Vaccination in Bombay 1869-1873 - 1869-1873
Year: 1869
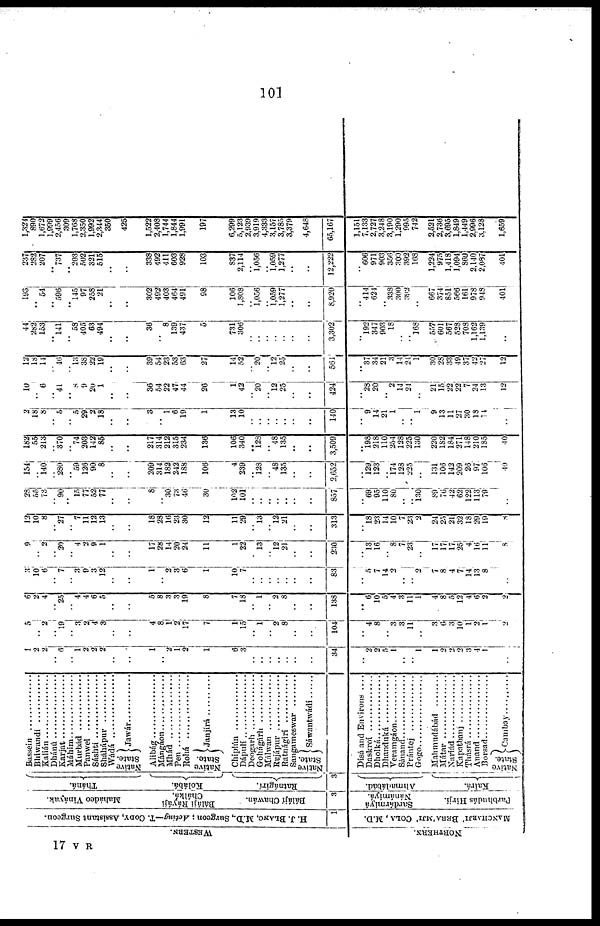
101
WESTERN.
NORTHERN.
H. J. BLANC, M.D., Surgeon; Acting—T. CODY, Assistant Surgeon.
1
MANCHARJH BERA' MJI' COLA , M.D.
Mahádeo Vináyak.
Báláji Ráyáji
Chálka.
Báláji Chawán.
3
Sardármiyá
Nánámiyá.
Parbhudás Hirji.
Tháná.
Kolábá.
Ratnágirí.
3
Ahmadabád.
Kairá.
Bassein ..................
Bhiwandi ................
Kalián ..................
Dhánú ................
Karjat ....................
Máhim ................
Murbád ..............
Panwel ................
Sáshti ............
Sháhápur ..............
Wádá ..........
Native
State.
Jawár..........
Alibág ..................
Mángáon ..............
Mhád ............
Pen ............
Rohá ..........
Native
State.
Janjírá..........
Chiplún ................
Dápulí ..............
Deogarh ..............
Gohágárh ..............
Málwan ..............
Rujápur
..............
Ratnágirí
............
Sangameswar ............
Native
State.
Sáwantwádí ......
Dísá and
Environs....
Daskroí ................
Dholká ..................
Dhanduká ................
Veramgáon ................
Sánand................
Prántej
..........
Gogo ..................
Mahmudábád ......
Mátar
............
Nariád
................
Kapatbanj ................
Thásrá ..............
Anand ..................
Borsad ....................
N ative
State.
Cambay..............
1
2
2
.. 6
.. 1
2
2
2
..
..
1
.. 2
1
2
1
6
3
..
..
..
..
..
..
..
34
..
2
2
5
1
..
.. 1
1
2
2
2
3
4
1
..
5
.. 2
.. 19
.. 3
2
4
3
..
..
4
8
1
2
17
7
1
15
.. 1
.. 2
8
..
..
104
..
4
8
.. 3
3
11
..
3
6
3
10
1
2 1
2
6
2
4
.. 25
.. 4
4
6
5
..
..
5
8
3
3
19
8
7
18
.. 1
.. 2
8
..
..
138
..
6
10
5
4
3
11
1
4
8
5
12
1
6
2
2
3
10
6
.. 7
.. 3
9
3
12
..
..
1
..
2
3
6
1
10
7
..
..
..
..
..
..
..
83
..
5
7
14
2
..
.. 2
7
8
4
7
14
13
8
..
9
.. 2
.. 20
.. 4
2
9
1
.. ..
17
28
14
20
24
11
1
22
.. 13
.. 12
21
..
..
230
..
13
16
..
8
7
23
..
17
17
17
25
4
16
11
8
12
10
8
.. 27
..
7
11
12
13
..
..
18
28
16
23
30
12
11
29
.. 13
.. 12
21
..
..
313
..
18
23
14
10
7 23
2
24
.. 21
32
18
29
19
8
28
55
73
.. 90
.. 15
77
52
77
..
..
8
..
30
73
46
30
102
101
..
..
.. ..
..
..
..
857
..
69
95
110
80
.. ..
130
89
..
42
62
122
113
79
..
154
.. 140
.. 280
.. 59
126
90
8
..
..
209
314
132
242
188
106
4
239
.. 128
.. 48
135
..
..
2,652
..
129
123
..
174
128
225
..
131
106
142
209
26
97
106
40
182
55
213
.. 370
.. 74
203
142
85
..
..
217
314
212
315
234
136
106
340
.. 128
.. 48
135
..
..
3,509
..
198
218
110
254
128
225
130
220
182
184
271
148
210
185
40
2
18
8
.. 5
.. 5
29
2
18
..
..
3
.. 1
6
19
1
13
10
..
..
..
..
..
..
..
140
..
9
14
21
1
..
.. 1
9
13
11
27
30
18
14
..
10
.. 6
.. 4
..
8 9
20
1
..
..
36
54
22
47
44
26
1
42
.. 20
.. 12
25
..
..
424
..
23
20
.. 2
14
21
..
21
15
22
22
7
24
13
12
12
13
114
.. 46
.. 13
38
22
19
..
..
39
54
23
53
63
27
14
52
.. 20
.. 12
25
..
..
561
..
37
34
21
3
14
24
1
30
28
33
19
37
42
27
12
44
282
153
.. 141
.. 58
405
63
494
..
..
36
..
8
139
437
5
731
306
..
..
..
..
..
..
..
3,302
..
192
347
903
18
..
.. 168
557
601
567
523
708
1,162
1,139
..
193
.. 54
.. 596
.. 145
97
258
21
..
..
302
492
403
464
491
98
106
1,808
.. 1,056
.. 1,059
1,277
..
..
8,920
..
414
624
.. 338
300
392
..
667
374
851
566
161
978
948
401
237
282
207
.. 737
.. 203
502
321
515
..
..
338
492
411
603
928
103
837
2,114
.. 1,056
.. 1,059
1,277
..
..
12,222
..
606
971
903
356
300
392
168
1,224
975
1,418
1,094
860
2,140
2,037
401
1,324
890
1,672
1,999
2,456
309
1,768
2,350
1,992
2,344
350
425
1,522
2,408
1,744
1,844
1,991
197
6,299
5,123
2,939
3,919
4,333
3,157
3,785
3,379
4,648
65,167
1,151
7,133
2,727
3,248
3,190
1,290
995
742
2,521
2,736
3,695
1,849
1,449
2,996
3,128
1,659
17 V R